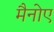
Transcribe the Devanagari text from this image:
मैनोए